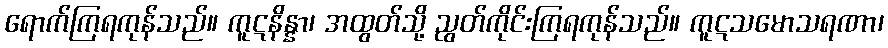
ရောက်ကြရကုန်သည်။ ကူဋနိန္နာ၊ အထွတ်သို့ ညွတ်ကိုင်းကြရကုန်သည်။ ကူဋသမောသရဏာ၊